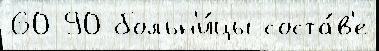
60 90 больн'и́цы соста́в'е